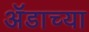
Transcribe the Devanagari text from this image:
ॲडाच्या